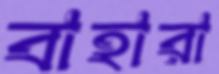
বাহারা